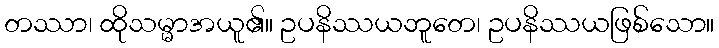
တဿာ၊ ထိုသမ္မာအယူ၏။ ဥပနိဿယဘူတေ၊ ဥပနိဿယဖြစ်သော။